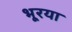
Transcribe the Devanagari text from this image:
भूरया